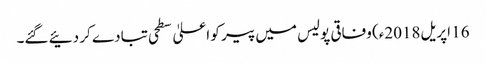
16 اپریل2018ء) وفاقی پولیس میں پیر کو اعلیٰ سطحی تبادے کر دئیے گئے۔